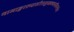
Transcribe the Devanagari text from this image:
वामाङ्कारूढसीतामुखकमलमिलल्लोचनं